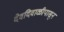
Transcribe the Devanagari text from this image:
देवदिवाळीपासून